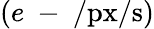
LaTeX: (e\mathrm{~-~}/\mathrm{px}/\mathrm s)